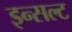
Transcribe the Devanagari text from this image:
इन्सल्ट